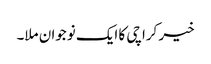
خیر کراچی کا ایک نوجوان ملا۔